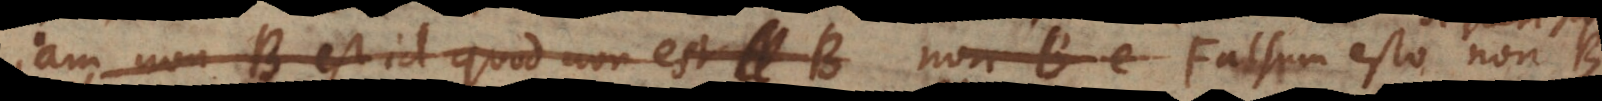
non‐B est id quod non est B non‐B e Falsum esto si